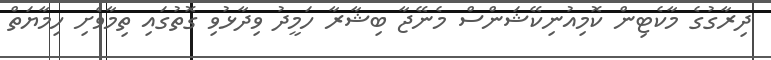
ދިރާގުގެ މާކެޓިން ކޮމިއުނިކޭޝަންސް މެނޭޖާ ބިޝާރާ ހަމީދު ވިދާޅުވި ގޮތުގައި ތިމާވެށި ހިމާޔަތް